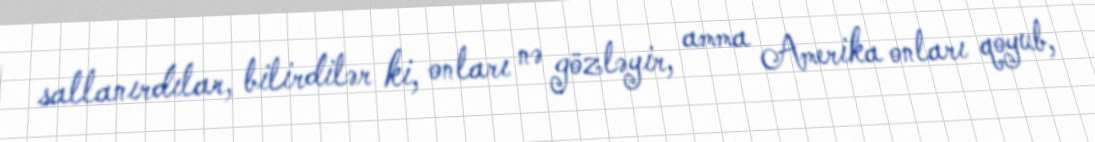
sallanırdılar, bilirdilər ki, onları nə gözləyir, amma Amerika onları qoyub,